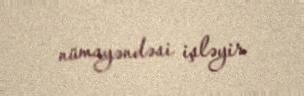
nümayəndəsi işləyir.